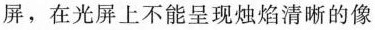
屏，在光屏上不能呈现烛焰清晰的像